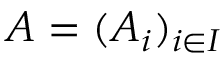
A = ( A _ { i } ) _ { i \in { I } }